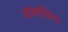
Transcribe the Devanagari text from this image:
अपहसिता